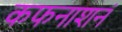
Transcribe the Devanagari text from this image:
कफनाशनं